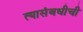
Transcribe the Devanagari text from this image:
त्यासंबधीची